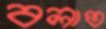
বলাত